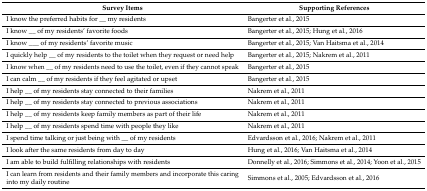
| Survey Items | Supporting References |
 | --- | --- |
 | I know the preferred habits for __ my residents | Bangerter et al., 2015 |
 | I know __ of my residents’ favorite foods | Bangerter et al., 2015; Hung et al., 2016 |
 | I know ___ of my residents’ favorite music | Bangerter et al., 2015; Van Haitsma et al., 2014 |
 | I quickly help __ of my residents to the toilet when they request or need help | Bangerter et al., 2015; Nakrem et al., 2011 |
 | I know when __ of my residents need to use the toilet, even if they cannot speak | Bangerter et al., 2015 |
 | I can calm __ of my residents if they feel agitated or upset | Bangerter et al., 2015 |
 | I help __ of my residents stay connected to their families | Nakrem et al., 2011 |
 | I help __ of my residents stay connected to previous associations | Nakrem et al., 2011 |
 | I help __ of my residents keep family members as part of their life | Nakrem et al., 2011 |
 | I help __ of my residents spend time with people they like | Nakrem et al., 2011 |
 | I spend time talking or just being with __ of my residents | Edvardsson et al., 2016; Nakrem et al., 2011 |
 | I look after the same residents from day to day | Hung et al., 2016; Van Haitsma et al., 2014 |
 | I am able to build fulfilling relationships with residents | Donnelly et al., 2016; Simmons et al., 2014; Yoon et al., 2015 |
 | I can learn from residents and their family members and incorporate this caring into my daily routine | Simmons et al., 2005; Edvardsson et al., 2016 |